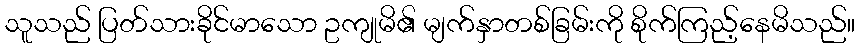
သူသည် ပြတ်သားခိုင်မာသော ဥကျုမိ၏ မျက်နှာတစ်ခြမ်းကို စိုက်ကြည့်နေမိသည်။